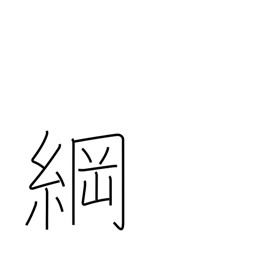
Meaning: hawser